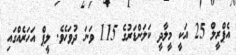
އެޕްރީލް 25 އަކީ މީލާދީ ކަލަންޑަރުގެ 115 ވަނަ ދުވަހެވެ. ލީޕް އަހަރެއްގައި